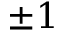
\pm 1